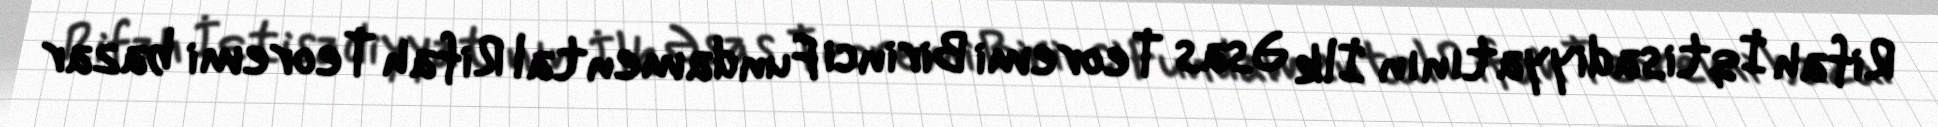
Rifah İqtisadiyyatının İlk Əsas Teoremi Birinci Fundamental Rifah Teoremi bazar